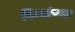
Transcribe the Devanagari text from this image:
पित्यांच्या